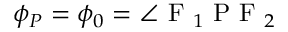
\displaystyle \phi _ { P } = \phi _ { 0 } = \angle \mathrm { ~ F ~ } _ { 1 } \mathrm { ~ P ~ F ~ } _ { 2 }